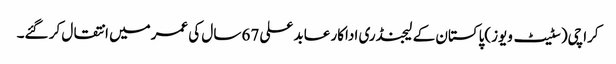
کراچی(سٹیٹ ویوز)پاکستان کے لیجنڈری اداکار عابد علی 67 سال کی عمرمیں انتقال کر گئے۔